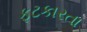
ફટકારતા